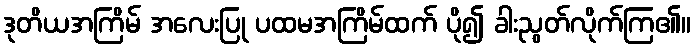
ဒုတိယအကြိမ် အလေးပြု ပထမအကြိမ်ထက် ပို၍ ခါးညွတ်လိုက်ကြ၏။